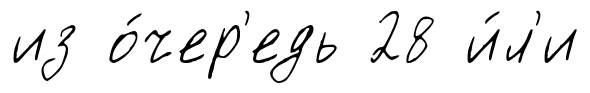
из о́чер'едь 28 и́л'и